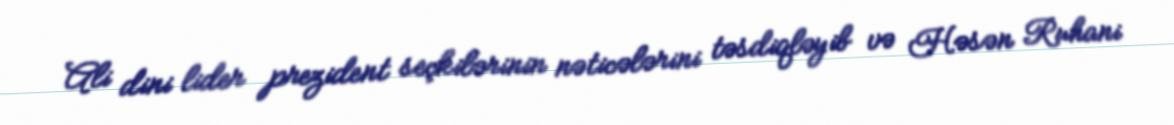
Ali dini lider prezident seçkilərinin nəticələrini təsdiqləyib və Həsən Ruhani